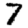
Digit: 7